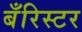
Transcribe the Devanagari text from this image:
बँरिस्टर